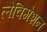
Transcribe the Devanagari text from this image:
लेविगेशन